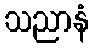
သညာနံ